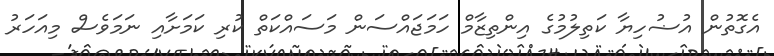
އެގޮތުން އުޟުހިޔާ ކަތިލުމުގެ އިންތިޒާމް ހަމަޖައްސަން މަސައްކަތް ކުރި ކަމަށާއި ނަމަވެސް މިއަހަރު